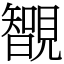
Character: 䚐